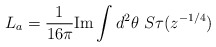
\begin{align*}L_a = \frac{1}{16\pi} \mbox{Im} \int d^2\theta\ S \tau(z^{-1/4})\end{align*}